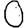
Digit: 0